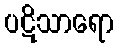
ပဋိသာရော